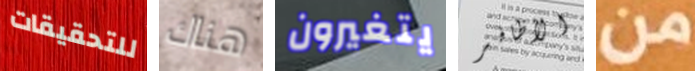
للتحقيقات هناك يتغيرون الأظافر من